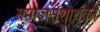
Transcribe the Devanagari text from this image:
समाजसंशोधकों